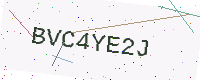
Text: BVC4YE2J